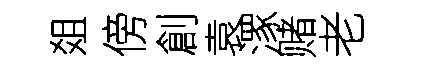
爼傍創袁潈赌老